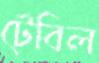
টেবিল